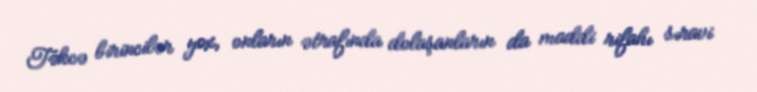
Təkcə birincilər yox, onların ətrafında dolaşanların da maddi rifahı sıravi